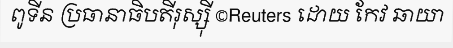
ពូទីន ប្រធានាធិបតីរុស្ស៊ី ©Reuters ដោយ កែវ ឆាយា